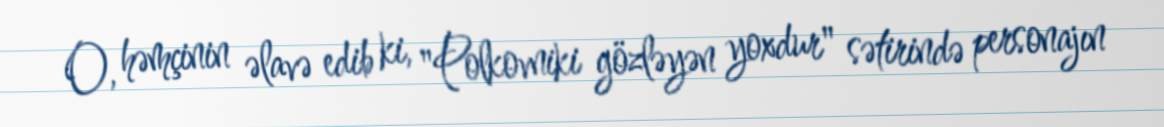
O, həmçinin əlavə edib ki, "Polkovniki gözləyən yoxdur" sətirində personajın